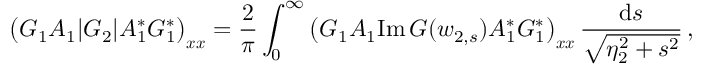
\big ( G _ { 1 } A _ { 1 } | G _ { 2 } | A _ { 1 } ^ { * } G _ { 1 } ^ { * } \big ) _ { \boldsymbol { x } \boldsymbol { x } } = \frac { 2 } { \pi } \int _ { 0 } ^ { \infty } \big ( G _ { 1 } A _ { 1 } \mathrm { I m } \, G ( w _ { 2 , s } ) A _ { 1 } ^ { * } G _ { 1 } ^ { * } \big ) _ { \boldsymbol { x } \boldsymbol { x } } \, \frac { \mathrm { d } s } { \sqrt { \eta _ { 2 } ^ { 2 } + s ^ { 2 } } } \, ,